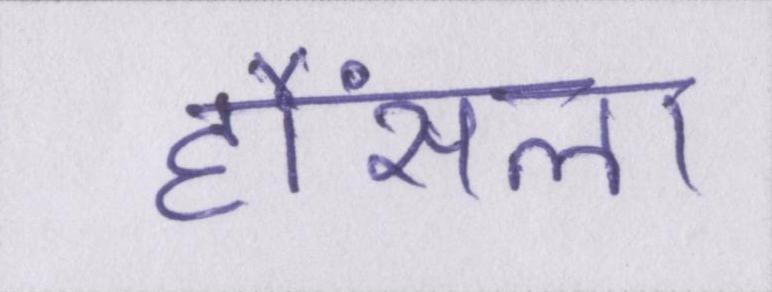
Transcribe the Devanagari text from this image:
हौंसला